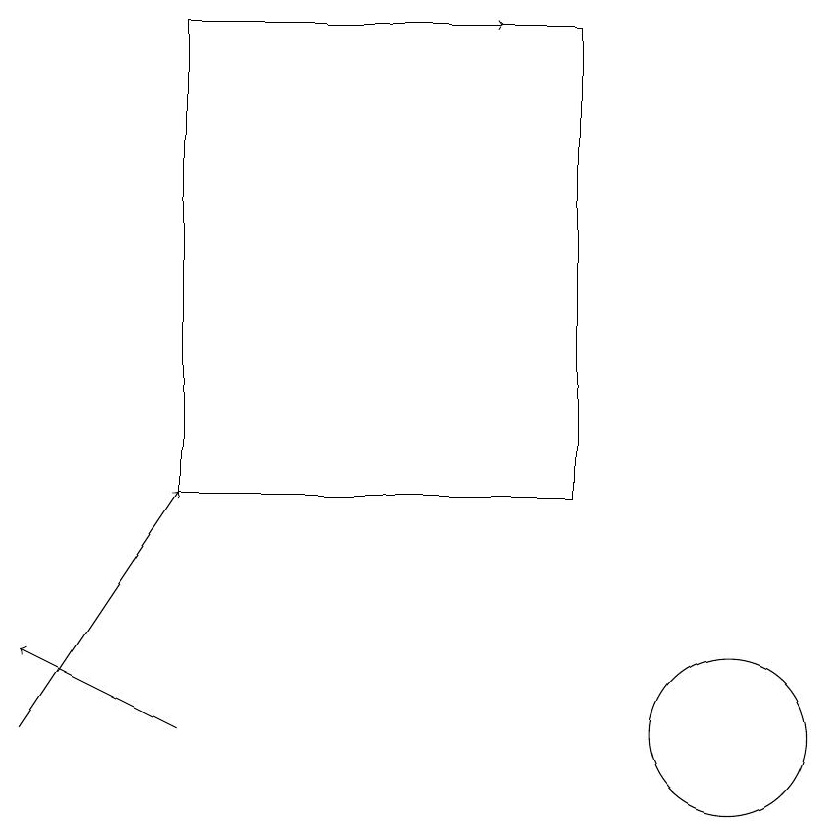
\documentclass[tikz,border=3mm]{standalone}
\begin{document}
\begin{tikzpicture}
\draw[->] (4,19) -- (7,19);
\draw[->] (3,10) -- (1,11);
\draw[->] (1,10) -- (3,13);
\draw (8,13) rectangle (3,19);
\draw (10,10) circle (1);
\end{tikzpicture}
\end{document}